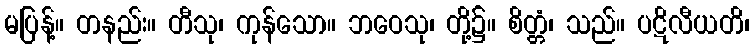
မပြန့်။ တနည်း။ တီသု၊ ကုန်သော။ ဘဝေသု၊ တို့၌။ စိတ္တံ၊ သည်။ ပဋိလီယတိ၊